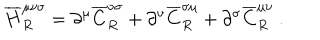
LaTeX: { \overline { { H } } } _ { R } ^ { \mu \nu \sigma } = \partial ^ { \mu } { \overline { { C } } } _ { R } ^ { \nu \sigma } + \partial ^ { \nu } { \overline { { C } } } _ { R } ^ { \sigma \mu } + \partial ^ { \sigma } { \overline { { C } } } _ { R } ^ { \mu \nu } ~ .